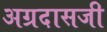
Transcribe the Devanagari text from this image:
अग्रदासजी